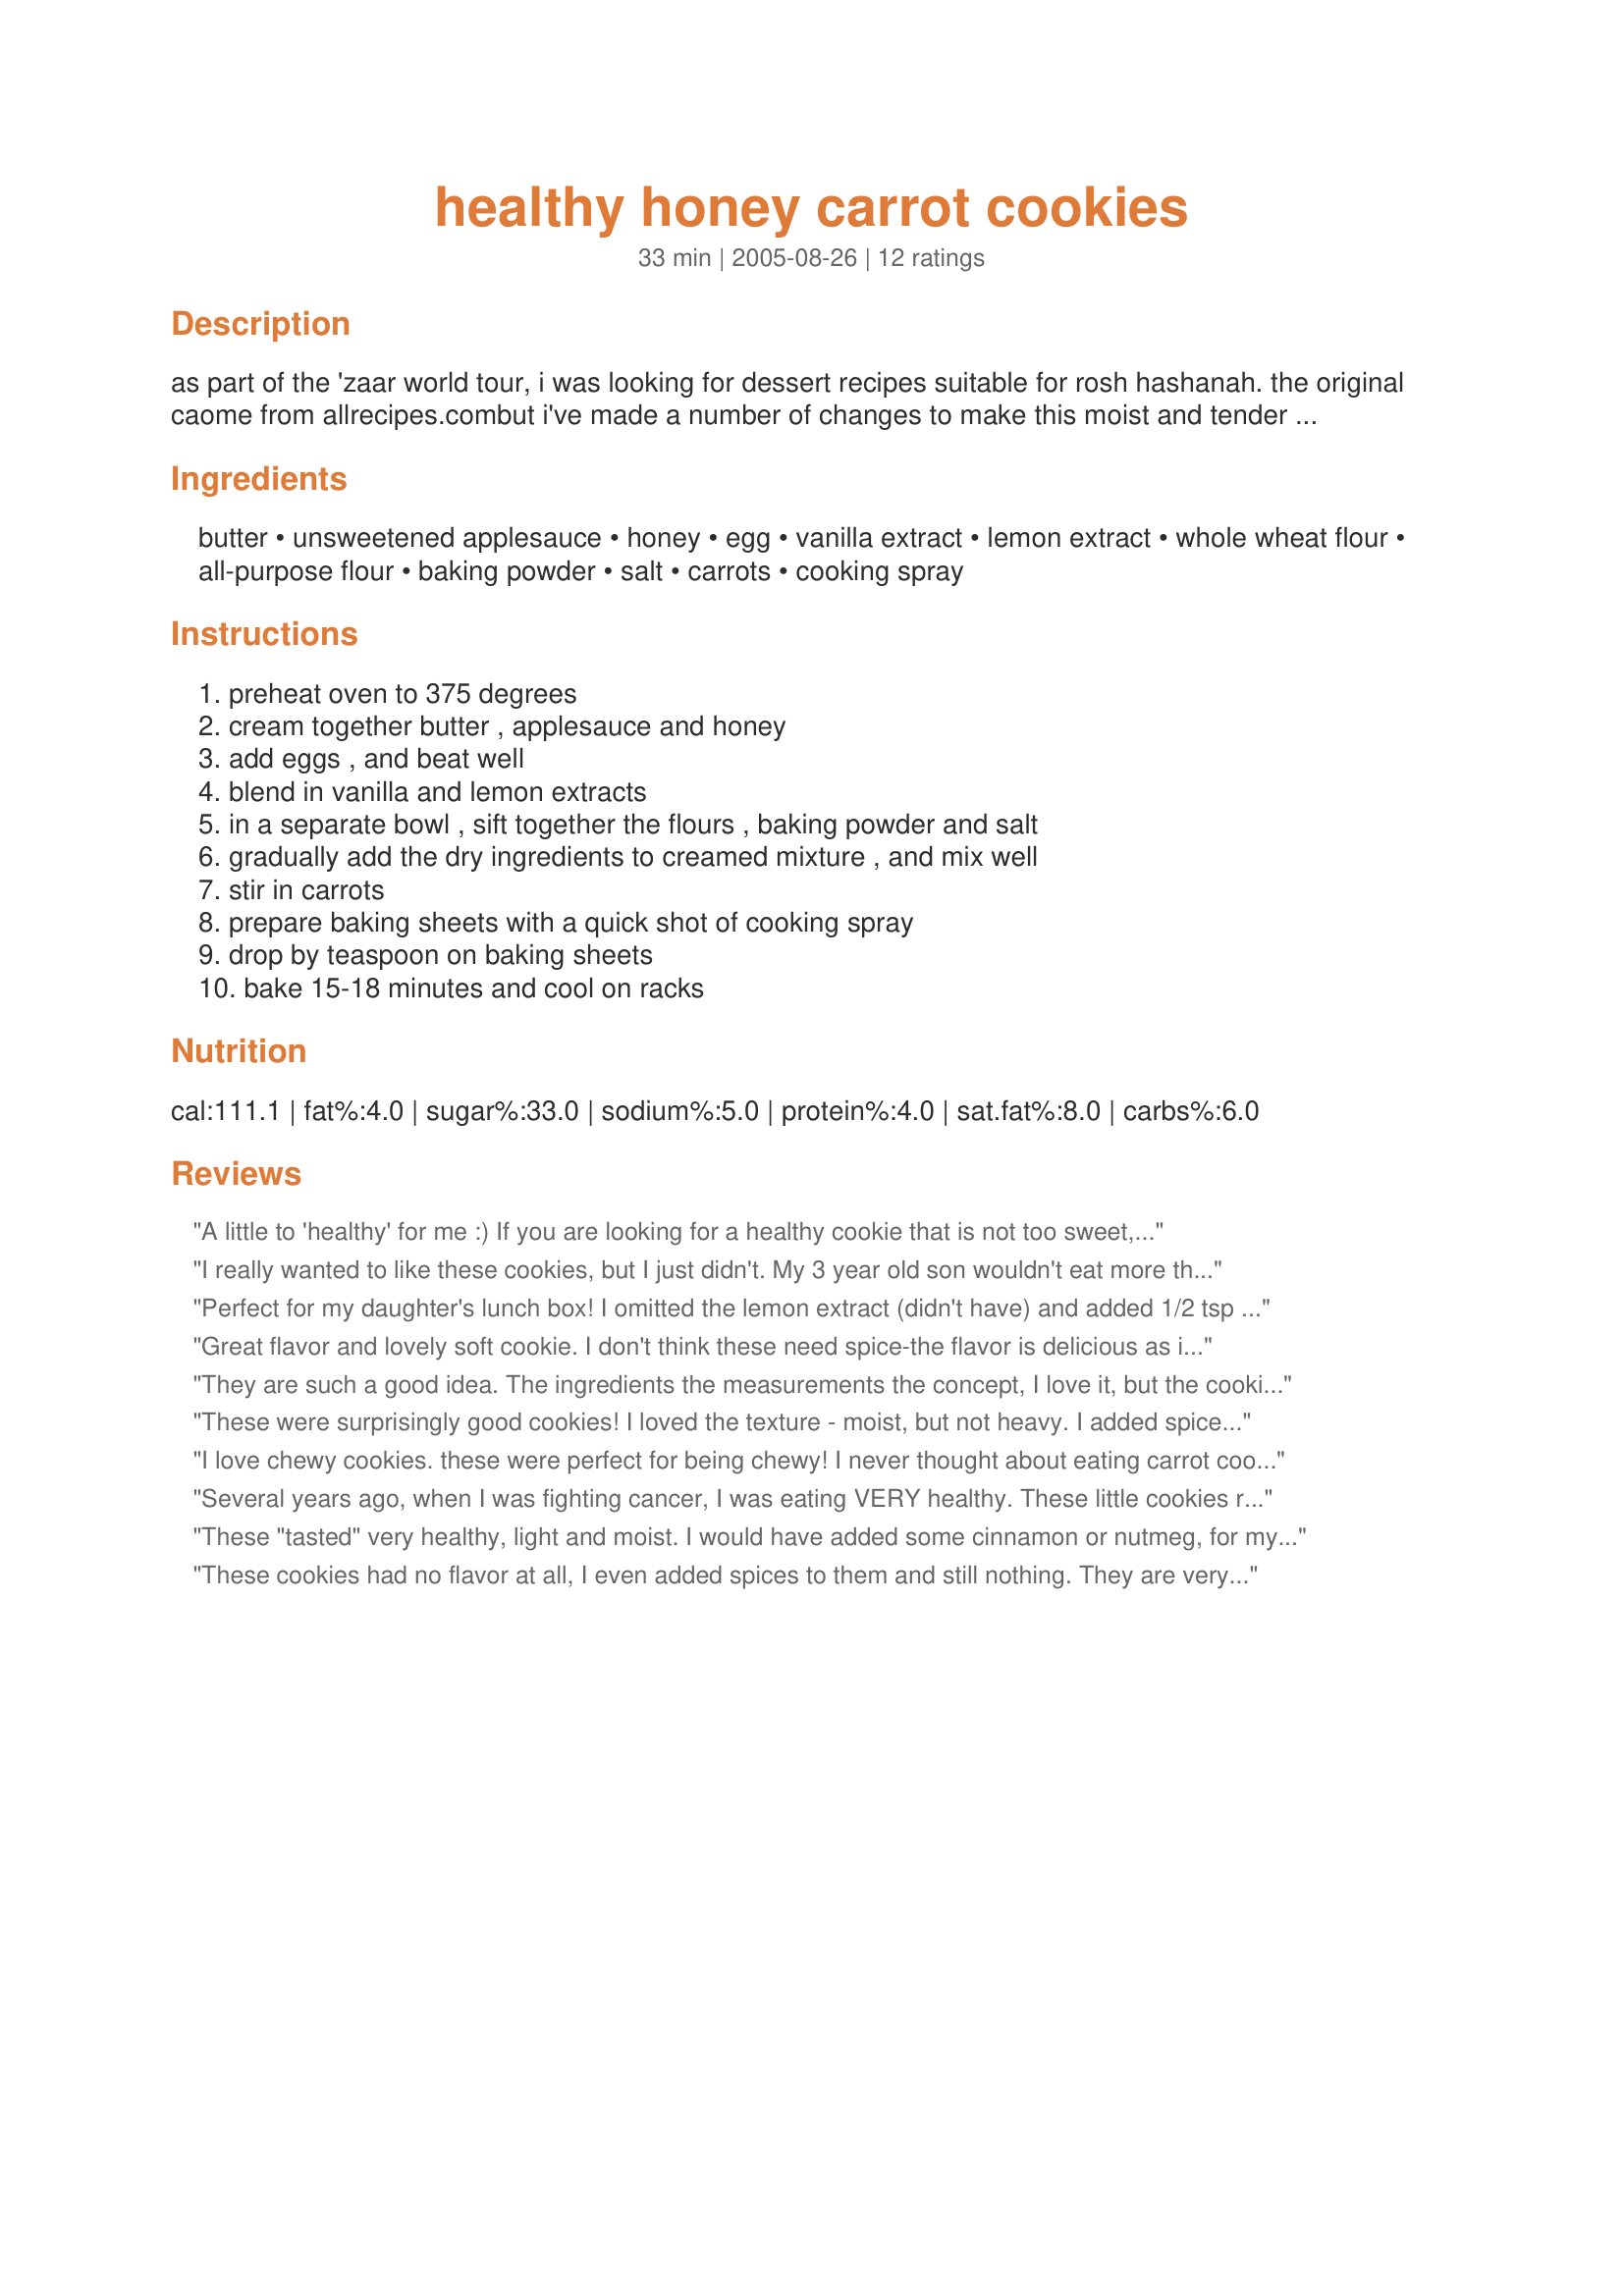
healthy honey carrot cookies
Preparation time: 33 minutes

as part of the 'zaar world tour, i was looking for dessert recipes suitable for rosh hashanah. the original caome from allrecipes.combut i've made a number of changes to make this moist and tender cookie not only healthier but more tasty. these are so good, you'll love them holiday or no holiday. kids will especially love them and you'll enjoy sneaking a little veggie into their afternoon snack.

Ingredients:
butter, unsweetened applesauce, honey, egg, vanilla extract, lemon extract, whole wheat flour, all-purpose flour, baking powder, salt, carrots, cooking spray

Steps:
preheat oven to 375 degrees, cream together butter , applesauce and honey, add eggs , and beat well, blend in vanilla and lemon extracts, in a separate bowl , sift together the flours , baking powder and salt, gradually add the dry ingredients to creamed mixture , and mix well, stir in carrots, prepare baking sheets with a quick shot of cooking spray, drop by teaspoon on baking sheets, bake 15-18 minutes and cool on racks

Reviews:
A little to 'healthy' for me :) If you are looking for a healthy cookie that is not too sweet, then this is a good cookie.
I really wanted to like these cookies, but I just didn't. My 3 year old son wouldn't eat more than one bite either. I doubt I'd make this recipe again. I did add a bit of cinnamon and allspice, which did help. Maybe raisins would have helped too.
Perfect for my daughter's lunch box! I omitted the lemon extract (didn't have) and added 1/2 tsp of ground all spice and 1 tsp of cinnamon. I also added 1/2 cup chopped walnuts, 1/2 cup of golden raisins. They would probably have been a little too bland if I had made it as-is, but this is a great recipe to customize. Thanks for sharing!
Great flavor and lovely soft cookie. I don't think these need spice-the flavor is delicious as is. I had some sweetened applesauce that I wanted to use up so I halved the honey, which worked very well.
They are such a good idea. The ingredients the measurements the concept, I love it, but the cookies on the other-hand I didn't love.
I did some work on them and by the end I was getting higher thumbs up from the family.
I added cinnamon. 1 tsp.
I added chopped walnuts, about 1/2 cup
And maybe just maybe, next time I'll use splenda instead of honey.
I also had a problem with the cooking time.
The bottoms were burning. I turned down my oven to 350 degrees and left them in for 15 - 18min, long enough for the carrot to cook but not burn the bottoms.
Again, great idea for a cookie, I looked at the original recipe from Allrecipes and the revisions made for THIS recipe are good ones, however I think it could still use some work.
These were surprisingly good cookies! I loved the texture - moist, but not heavy. I added spices as one reveiwer suggested - both were great!
I love chewy cookies. these were perfect for being chewy! I never thought about eating carrot cookies but decided to go for it. I really liked these, but i did add cinnamon, cloves, allspice, and butternut flavoring to them too, as suggested in previous review. Good to have a semi healthy sweet recipe!
Several years ago, when I was fighting cancer, I was eating VERY healthy. These little cookies really helped me through that time.

I lost a lot of weight back then -- not from the cancer, but due to my healthy eating habits. I wasn't even trying to lose weight.

I'm back to eating not so healthy again and have put back on some of the weight (still minus the cancer, though), so I'm trying to pick up the healthy eating again.

I could have sworn I rated these cookies a few years ago, but apparently not.

They're lightly sweet and kind of cakey, and perfect for a sweet tooth when you're "being good."
These "tasted" very healthy, light and moist. I would have added some cinnamon or nutmeg, for my taste preference, but made as directed. Thanks for a very healthy cookie that my co-workers will (or should) enjoy.
These cookies had no flavor at all, I even added spices to them and still nothing. They are very moist, but this doesn't compensate for the overall blandness.
I loved these! The texture is great. I love how moist and chewy they are. I ended up using baby carrots that I "shaved" with my peeler. They were a bit big, but I still enjoyed them. I also used raspberry applesauce. I had bought them for my sons to take for a snack to school but they didn't care for the raspberry kind. I loved it in these cookies. It gave them a rosy blush. I ended up having to bake them for an extra 5 minutes just to kind of "toughen" them up. This recipe is fantastic. It is nice to eat a cookie and not have to worry. Thanks Toni!
Very tasty healthy cookie, to my liking it needed maybe a bit of spice, cinnamon maybe, but the kids really enjoyed them, will be making this again, we all enjoyed them, thanks
